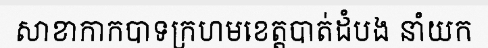
សាខាកាកបាទក្រហមខេត្តបាត់ដំបង នាំយក